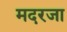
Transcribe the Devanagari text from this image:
मदरजा